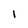
Character: 1